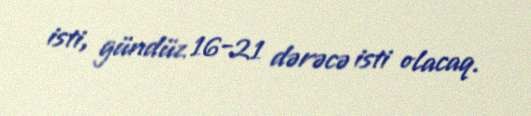
isti, gündüz 16-21 dərəcə isti olacaq.